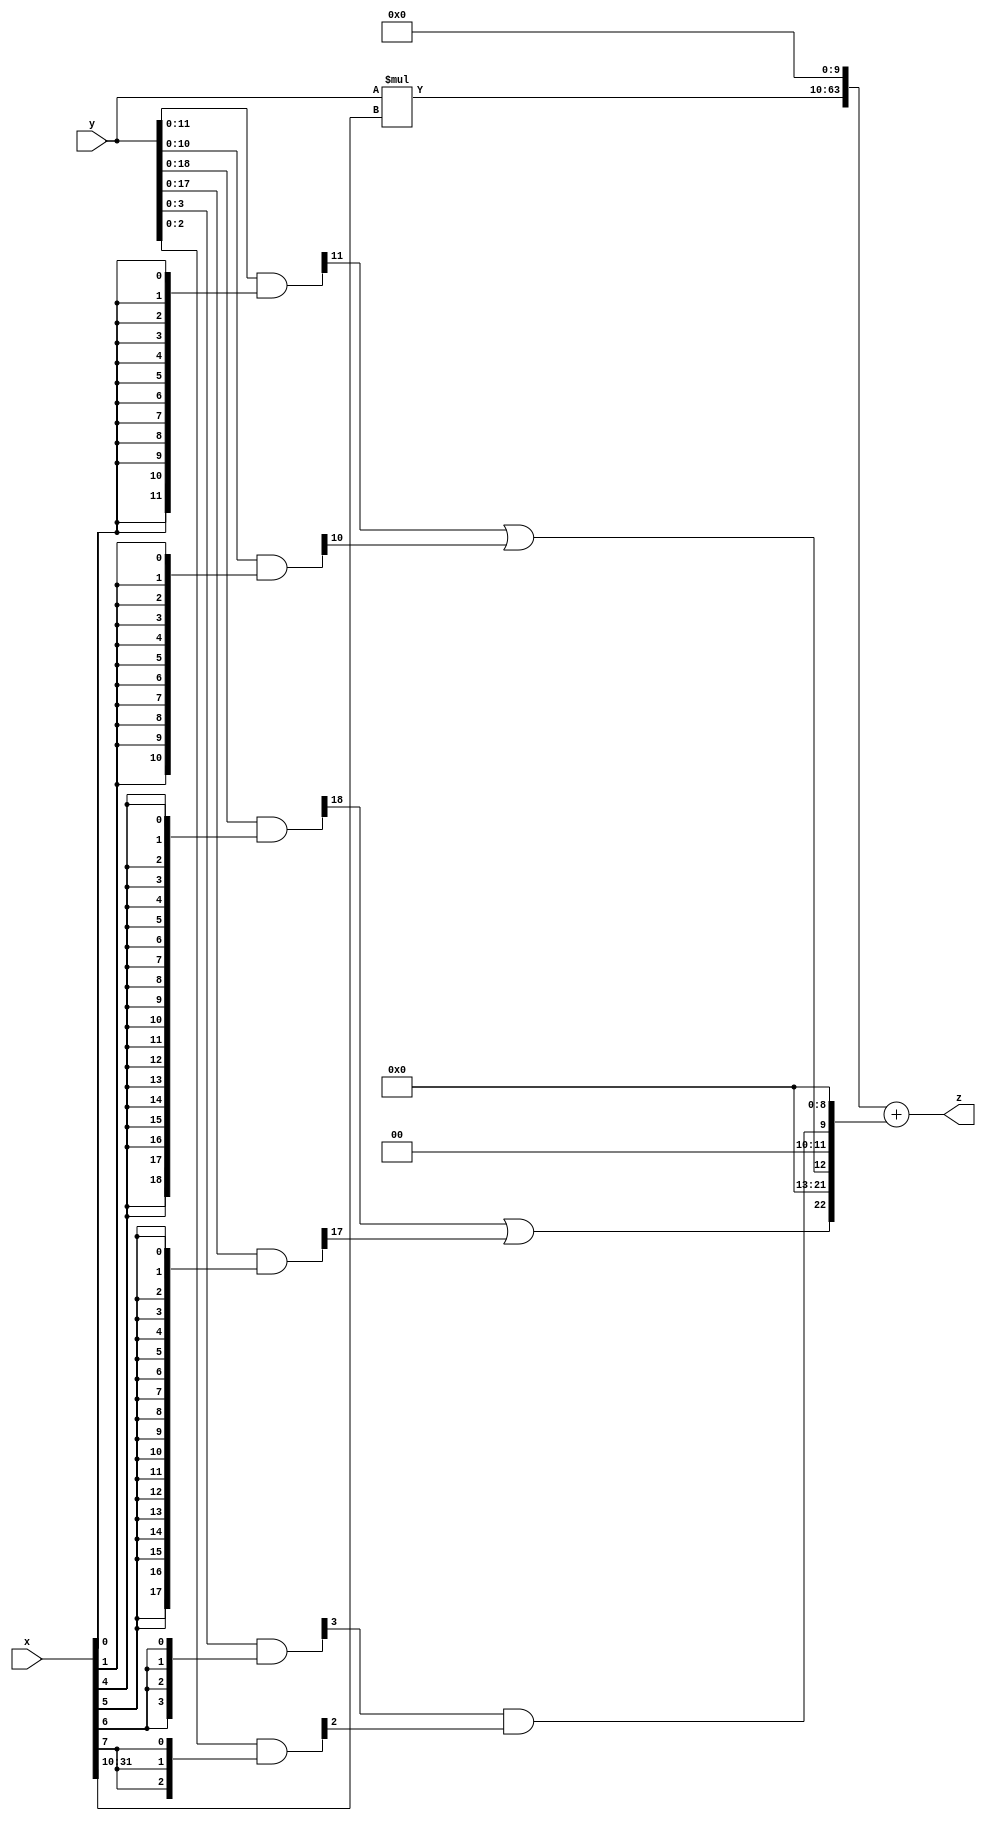
// terms: 3
// fval:  7835003.4964

module unsigned_32x32_l10_lamb300_1 (
	input [31:0] x,
	input [31:0] y,
	output [63:0] z
);

wire [31:0] part1 =  y & {32{x[0]}};
wire [31:0] part2 =  y & {32{x[1]}};
wire [31:0] part3 =  y & {32{x[2]}};
wire [31:0] part4 =  y & {32{x[3]}};
wire [31:0] part5 =  y & {32{x[4]}};
wire [31:0] part6 =  y & {32{x[5]}};
wire [31:0] part7 =  y & {32{x[6]}};
wire [31:0] part8 =  y & {32{x[7]}};
wire [31:0] part9 =  y & {32{x[8]}};
wire [31:0] part10 =  y & {32{x[9]}};
wire [31:0] part11 =  y & {32{x[10]}};
wire [31:0] part12 =  y & {32{x[11]}};
wire [31:0] part13 =  y & {32{x[12]}};
wire [31:0] part14 =  y & {32{x[13]}};
wire [31:0] part15 =  y & {32{x[14]}};
wire [31:0] part16 =  y & {32{x[15]}};
wire [31:0] part17 =  y & {32{x[16]}};
wire [31:0] part18 =  y & {32{x[17]}};
wire [31:0] part19 =  y & {32{x[18]}};
wire [31:0] part20 =  y & {32{x[19]}};
wire [31:0] part21 =  y & {32{x[20]}};
wire [31:0] part22 =  y & {32{x[21]}};
wire [31:0] part23 =  y & {32{x[22]}};
wire [31:0] part24 =  y & {32{x[23]}};
wire [31:0] part25 =  y & {32{x[24]}};
wire [31:0] part26 =  y & {32{x[25]}};
wire [31:0] part27 =  y & {32{x[26]}};
wire [31:0] part28 =  y & {32{x[27]}};
wire [31:0] part29 =  y & {32{x[28]}};
wire [31:0] part30 =  y & {32{x[29]}};
wire [31:0] part31 =  y & {32{x[30]}};
wire [31:0] part32 =  y & {32{x[31]}};

wire [22:0] new_part1;
assign new_part1[0] = 0;
assign new_part1[1] = 0;
assign new_part1[2] = 0;
assign new_part1[3] = 0;
assign new_part1[4] = 0;
assign new_part1[5] = 0;
assign new_part1[6] = 0;
assign new_part1[7] = 0;
assign new_part1[8] = 0;
assign new_part1[9] = part7[3] & part8[2];
assign new_part1[10] = 0;
assign new_part1[11] = 0;
assign new_part1[12] = part1[11] | part2[10];
assign new_part1[13] = 0;
assign new_part1[14] = 0;
assign new_part1[15] = 0;
assign new_part1[16] = 0;
assign new_part1[17] = 0;
assign new_part1[18] = 0;
assign new_part1[19] = 0;
assign new_part1[20] = 0;
assign new_part1[21] = 0;
assign new_part1[22] = part5[18] | part6[17];

wire [53:0] tmp_z = y*x[31:10];

assign z = {tmp_z, 10'd 0} + new_part1;

endmodule